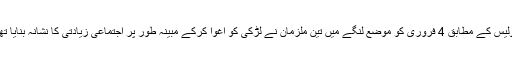
پولیس کے مطابق 4 فروری کو موضع لنگے میں تین ملزمان نے لڑکی کو اغوا کرکے مُبینہ طور پر اجتماعی زیادتی کا نشانہ بنایا تھا۔